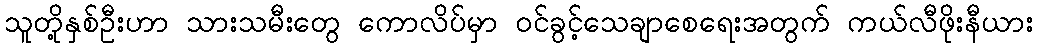
သူတို့နှစ်ဦးဟာ သားသမီးတွေ ကောလိပ်မှာ ဝင်ခွင့်သေချာစေရေးအတွက် ကယ်လီဖိုးနီယား